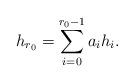
LaTeX: \begin{align*} h_{r_0} =\sum_{i=0}^{r_0-1}a_i h_{i}.\end{align*}